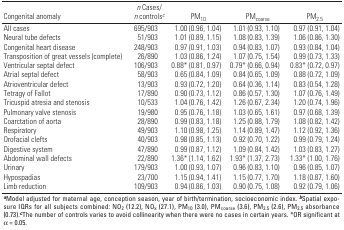
<table><thead><tr><td><b>Congenital anomaly</b></td><td><b><i>n</i> Cases/<i>n</i> controls<sup><i>c</i></sup></b></td><td><b>PM<sub>10</sub></b></td><td><b>PM<sub>coarse</sub></b></td><td><b>PM<sub>2.5</sub></b></td></tr></thead><tbody><tr><td><b>All cases</b></td><td>695/903</td><td>1.00 (0.96, 1.04)</td><td>1.01 (0.93, 1.10)</td><td>0.97 (0.91, 1.04)</td></tr><tr><td><b>Neural tube defects</b></td><td>51/903</td><td>1.01 (0.89, 1.15)</td><td>1.08 (0.83, 1.39)</td><td>1.06 (0.86, 1.30)</td></tr><tr><td><b>Congenital heart disease</b></td><td>248/903</td><td>0.97 (0.91, 1.03)</td><td>0.94 (0.83, 1.07)</td><td>0.93 (0.84, 1.04)</td></tr><tr><td><b>Transposition of great vessels (complete)</b></td><td>26/890</td><td>1.03 (0.86, 1.24)</td><td>1.07 (0.75, 1.54)</td><td>0.99 (0.73, 1.33)</td></tr><tr><td><b>Ventricular septal defect</b></td><td>106/903</td><td>0.88* (0.81, 0.97)</td><td>0.79* (0.66, 0.94)</td><td>0.83* (0.72, 0.97)</td></tr><tr><td><b>Atrial septal defect</b></td><td>58/903</td><td>0.65 (0.84, 1.09)</td><td>0.84 (0.65, 1.09)</td><td>0.88 (0.72, 1.09)</td></tr><tr><td><b>Atrioventricular defect</b></td><td>13/903</td><td>0.93 (0.72, 1.20)</td><td>0.64 (0.36, 1.14)</td><td>0.83 (0.54, 1.28)</td></tr><tr><td><b>Tetragy of Fallot</b></td><td>17/890</td><td>0.90 (0.73, 1.12)</td><td>0.86 (0.57, 1.30)</td><td>1.07 (0.76, 1.49)</td></tr><tr><td><b>Tricuspid atresia and stenosis</b></td><td>10/533</td><td>1.04 (0.76, 1.42)</td><td>1.26 (0.67, 2.34)</td><td>1.20 (0.74, 1.96)</td></tr><tr><td><b>Pulmonary valve stenosis</b></td><td>19/980</td><td>0.95 (0.76, 1.18)</td><td>1.03 (0.65, 1.61)</td><td>0.97 (0.68, 1.39)</td></tr><tr><td><b>Coarctation of aorta</b></td><td>28/890</td><td>0.99 (0.83, 1.18)</td><td>1.25 (0.88, 1.79)</td><td>1.08 (0.82, 1.42)</td></tr><tr><td><b>Respiratory</b></td><td>49/903</td><td>1.10 (0.98, 1.25)</td><td>1.14 (0.89, 1.47)</td><td>1.12 (0.92, 1.36)</td></tr><tr><td><b>Orofacial clefts</b></td><td>40/903</td><td>0.98 (0.85, 1.13)</td><td>0.92 (0.70, 1.22)</td><td>0.99 (0.79, 1.24)</td></tr><tr><td><b>Digestive system</b></td><td>47/890</td><td>0.99 (0.87, 1.12)</td><td>1.09 (0.84, 1.42)</td><td>1.03 (0.83, 1.27)</td></tr><tr><td><b>Abdominal wall defects</b></td><td>22/890</td><td>1.36* (1.14, 1.62)</td><td>1.93* (1.37, 2.73)</td><td>1.33* (1.00, 1.76)</td></tr><tr><td><b>Urinary</b></td><td>179/903</td><td>1.00 (0.93, 1.07)</td><td>0.96 (0.83, 1.10)</td><td>0.96 (0.85, 1.07)</td></tr><tr><td><b>Hypospadias</b></td><td>23/700</td><td>1.15 (0.94, 1.41)</td><td>1.15 (0.77, 1.70)</td><td>1.18 (0.87, 1.60)</td></tr><tr><td><b>Limb reduction</b></td><td>109/903</td><td>0.94 (0.86, 1.03)</td><td>0.90 (0.75, 1.08)</td><td>0.92 (0.79, 1.06)</td></tr><tr><td colspan="5"><sup><i><b>a</b></i></sup>Model adjusted for maternal age, conception season, year of birth/termination, socioeconomic index. <sup><i><b>b</b></i></sup>Spatial exposure IQRs for all subjects combined: NO<sub>2</sub> (12.2), NO<sub>x</sub> (27.1), PM<sub>10</sub> (3.0), PM<sub>coarse</sub> (3.6), PM<sub>2.5</sub> (2.6), PM<sub>2.5</sub> absorbance (0.73).<sup><i><b>c</b></i></sup>The number of controls varies to avoid collinearity when there were no cases in certain years. *OR significant at α = 0.05.</td></tr></tbody></table>